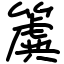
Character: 簴